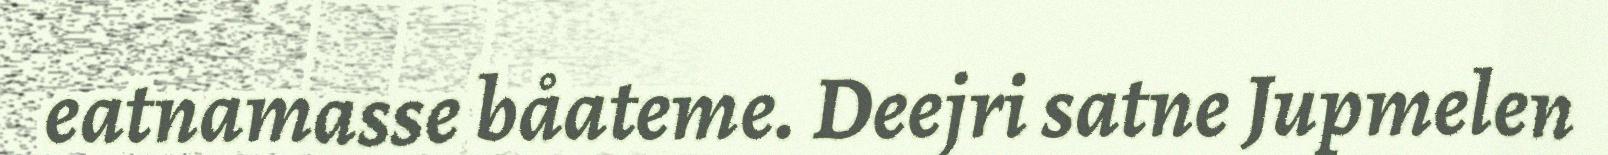
eatnamasse båateme. Deejri satne Jupmelen